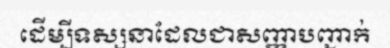
ដើម្បីទស្សនាដែលជាសញ្ញាបញ្ជាក់